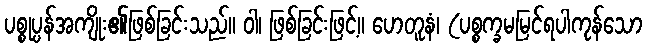
ပစ္စုပ္ပန်အကျိုး၏ဖြစ်ခြင်းသည်။ ဝါ၊ ဖြစ်ခြင်းဖြင့်။ ဟေတူနံ၊ (ပစ္စက္ခမမြင်ရပါကုန်သော